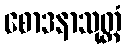
စောဒနာသုတ္တံ